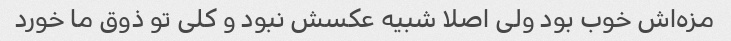
مزه‌اش خوب بود ولی اصلا شبیه عکسش نبود و کلی تو ذوق ما خورد